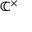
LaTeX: \mathbb { C } ^ { \times }